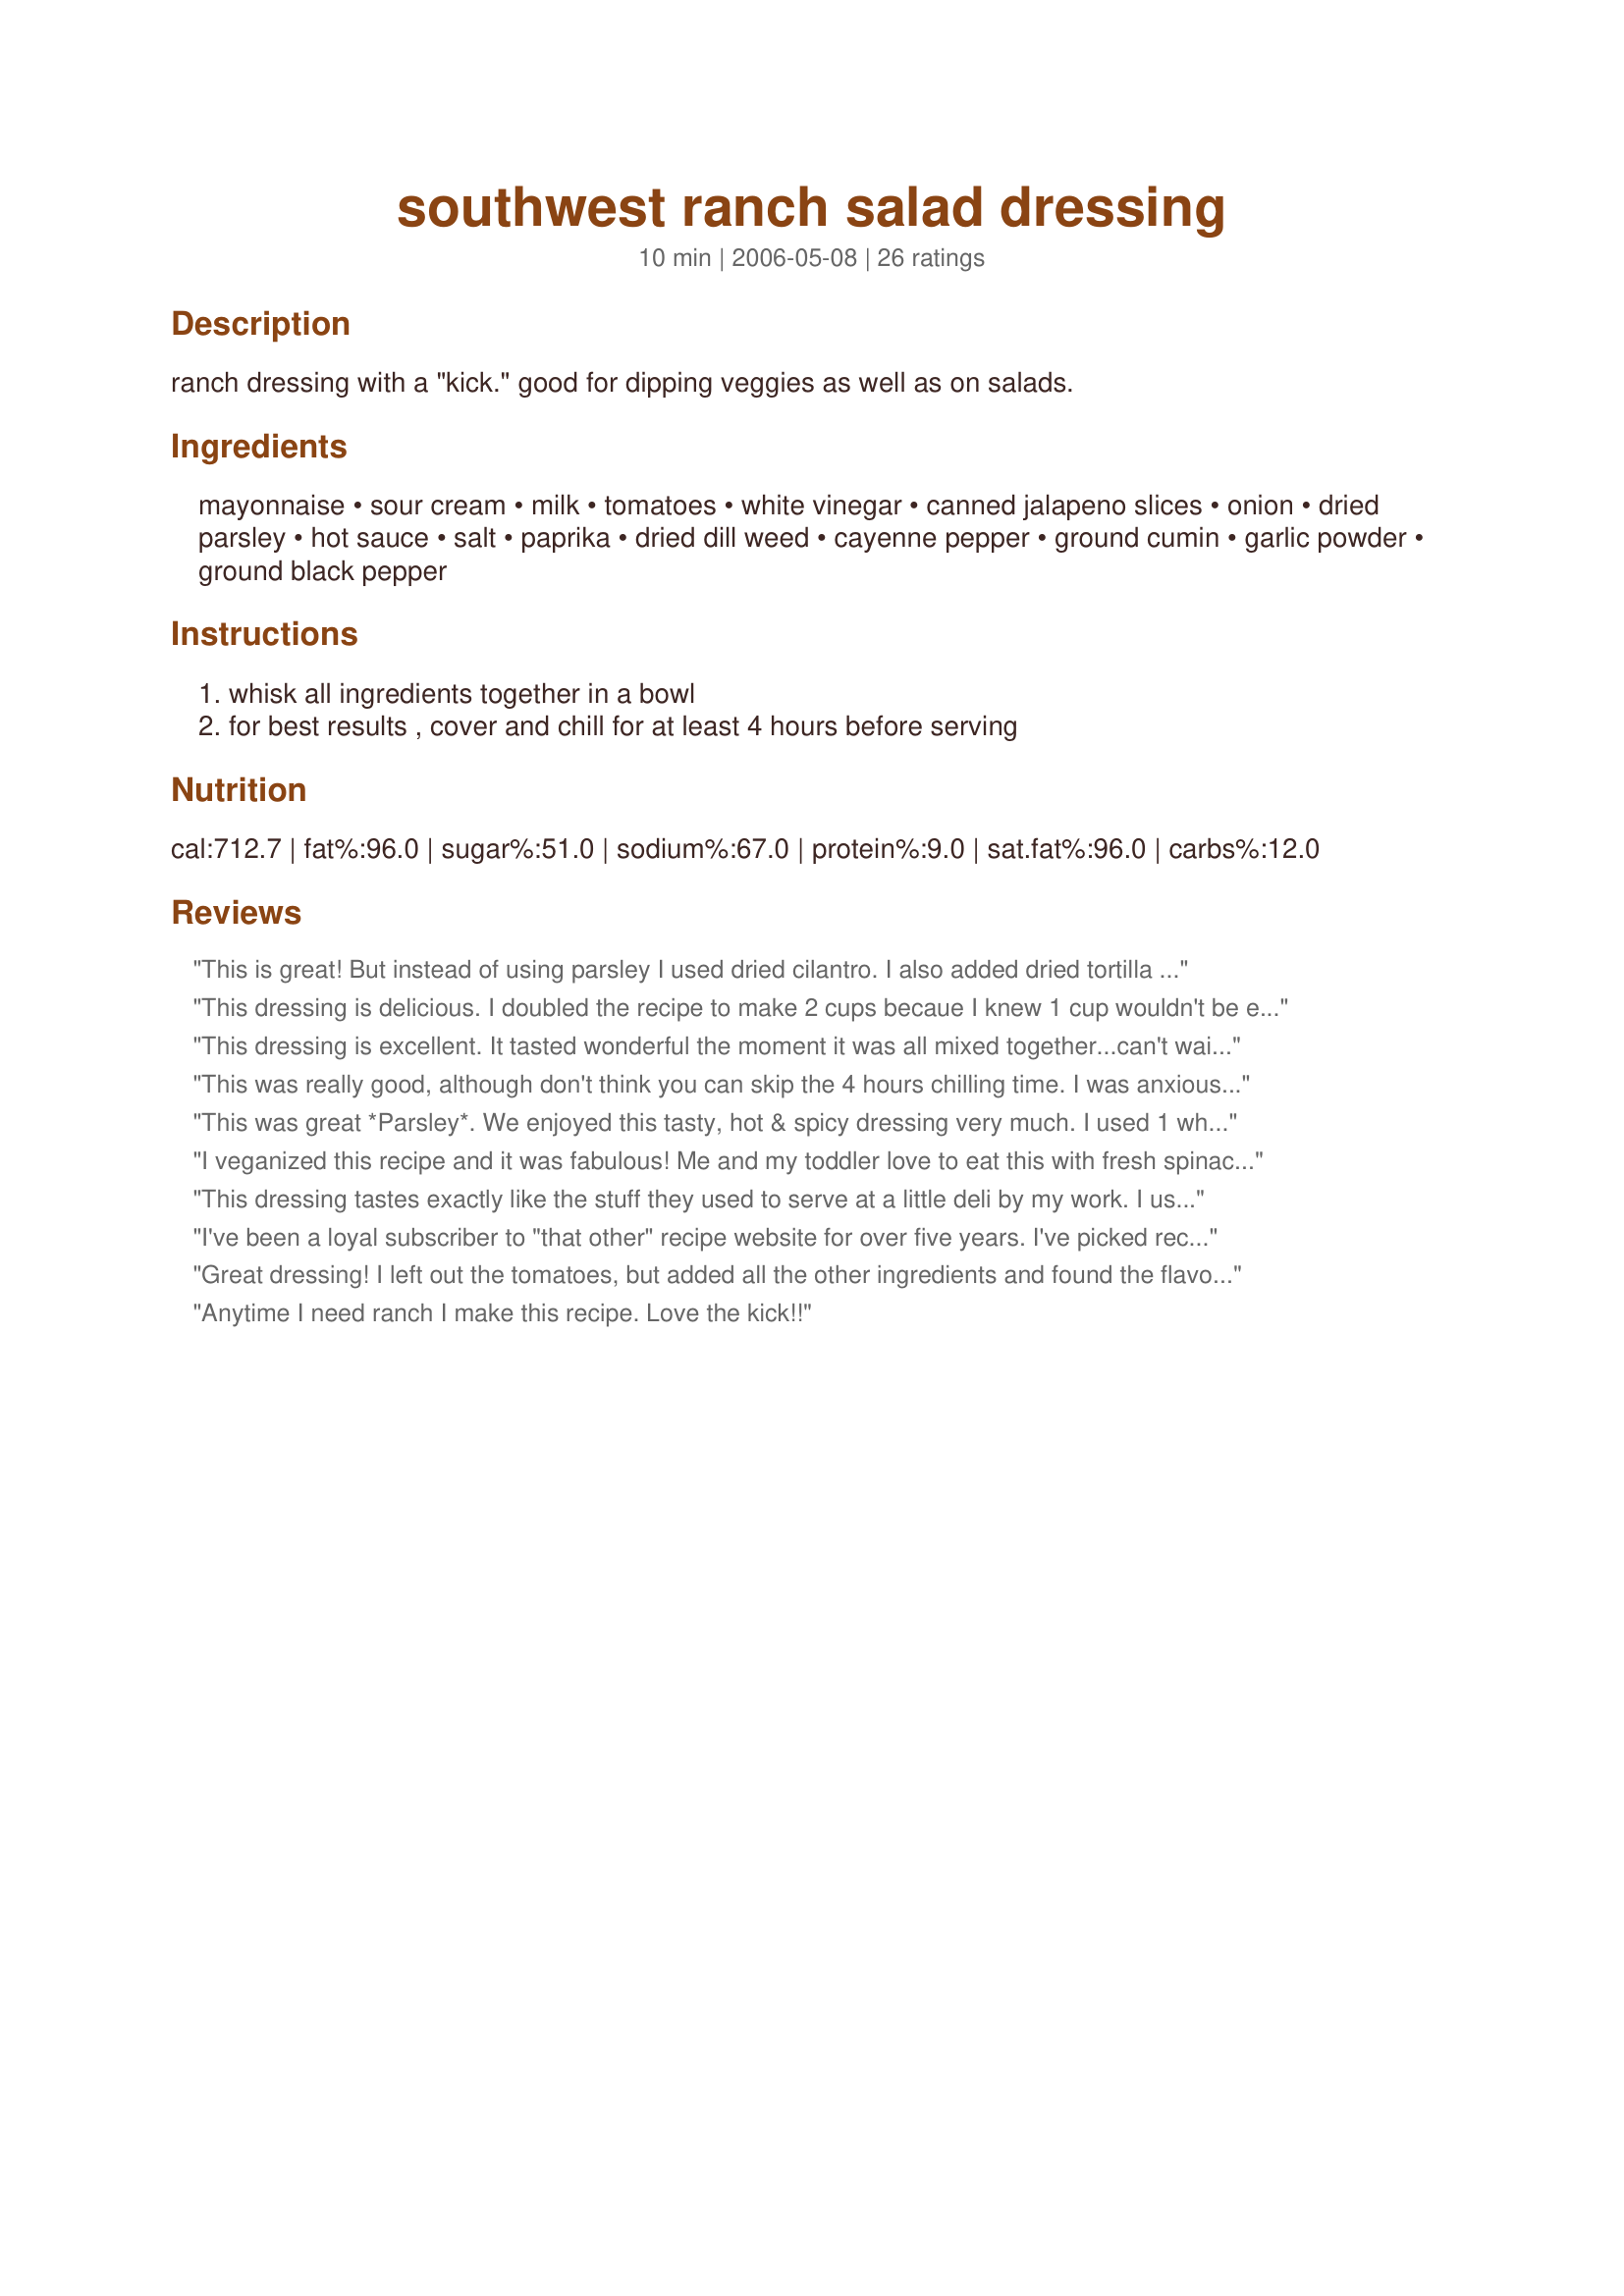
southwest ranch salad dressing
Preparation time: 10 minutes

ranch dressing with a "kick." good for dipping veggies as well as on salads.

Ingredients:
mayonnaise, sour cream, milk, tomatoes, white vinegar, canned jalapeno slices, onion, dried parsley, hot sauce, salt, paprika, dried dill weed, cayenne pepper, ground cumin, garlic powder, ground black pepper

Steps:
whisk all ingredients together in a bowl, for best results , cover and chill for at least 4 hours before serving

Reviews:
This is great! But instead of using parsley I used dried cilantro. I also added dried tortilla chips (instead of croutons) for a garnish.
This dressing is delicious. I doubled the recipe to make 2 cups becaue I knew 1 cup wouldn't be enough for my family. Also, I added some garlic salt, sugar and extra cumin to taste. Even my picky son loved this. Thank you for sharing this fantastic recipe...it is definitely a keeper!!
This dressing is excellent. It tasted wonderful the moment it was all mixed together...can't wait to try it now 24 hours later, after the flavours have had a chance to blend.
This was really good, although don't think you can skip the 4 hours chilling time. I was anxious to try this as soon as it was done and let me tell you four hours later when my dinner was finished and it had time to chill it was fantastic and so much better than when everything was first mixed together. I used low fat mayo and low fat sour cream because that is what I had. Next time I think I will buy full fat mayo and sour cream. They real stuff can only make this better. Thanks for sharing and I will make this again.
This was great *Parsley*. We enjoyed this tasty, hot & spicy dressing very much. I used 1 whole fresh jalapeno pepper and grape tomatoes. I 
followed your recipe except that I left out the cumin...(personal preference)I will be making this again & again. My family wants to give you 10*'s. This is so much better than store bought...Kudos
I veganized this recipe and it was fabulous! Me and my toddler love to eat this with fresh spinach and in wraps of tofu and fresh veggies. Great recipe!
This dressing tastes exactly like the stuff they used to serve at a little deli by my work. I used to order their taco salad weekly. It has since closed down, which would normally have devestated me, but not now since I can make it at home myself. It's even better at home because I can indulge without feeling guilty (I use low fat ingredients, and spend A LOT less money).
I've been a loyal subscriber to "that other" recipe website for over five years. I've picked recipes from this site every now and then, but rarely consulted it...until now! Thanks to this recipe, I decided to sign up for an account. This dressing is AMAZING!! It's perfect, in fact! The first night I made it, my boyfriend turned up his nose at the idea of SALAD being our entire meal. He changed his tune after the first bite and now requests it often (and I have NO problems complying :-). I've found 2 T of milk is good for a veggie dip, but for a salad dressing, I add around 1/2 c milk. It's still really thick! Thanks so much for this awesome recipe!
Great dressing! I left out the tomatoes, but added all the other ingredients and found the flavor to be excellent. I think this would be wonderful on a pasta salad. Thank you for sharing this recipe.
Anytime I need ranch I make this recipe. Love the kick!!
Parsley, you are a genius. This recipe is perfect! I am usually one to change recipes, but wouldn't change a thing about this one. Served it with chili-lime chicken.
I made this for my Bunko group last week. I served it over a wedge salad with diced cucumbers, red onions, carrot sticks, bacon and tomatoes. It was delish! A huge hit with everybody. I actually doubled the recipe and it served about 15. I left out the dried dill weed because I didn't have any and it still was awesome. Thanks!
This is really good and very easy to make. Thanks for the recipe!
I used Greek yogurt instead of sour cream. I used my immersion blender to make it creamy. Great recipe, will use again.
Was making Recipe #195908 which calls for a Ranch seasoning packet, and thought I'd toss in the dry ingredients from Parsley's recipe here. My children LOVE ranch (not me), so this is their rating! :-) But it sure tastes good in the taco soup! Thanks Parse!! You made their day that much better :rofl: *Made for ZWT3 US Regional*
Wow! This dressing totally rocks! We made it for a tailgate party for a Mexican salad and the taste is fabulous. Made a double recipe to have some for dip too. Wonderful with fritos. The seasonings are just right in this. I used low-fat sour cream and mayo and pickled jalapenos. Couldn't be better. Thanks for posting!
Best salad dressing!!
This was really easy to make. Everone loved it. Always looking for something a little different to do with salad. Thanks!!!!
AMAZING!! I used smoked paparika, pickled jalepenos, and finely chopped fresh tomatoes. It is so delicious! I used all full fat ingredients, including whole milk. Using it on taco salad (as I did) allowed for the extra calories and it is WELL worth it!
This was good. Next time I think I will add even more jalapenos and hot sauce to kick it up one more notch. Thanks Parsley.
I made just as written, except didn't need the milk. Used it on taco salad. Was really delicious. Didn't wait the 4 hours - but there's plenty left, so I get to enjoy it later.
This is a really great-tasting dressing. It has just the right amount of seasonings and has just the right amount of kick for our tastes. I will definitely be making this again.
Very good. I substituted plain yogurt for the sour cream and Rotel for the tomatoes. One suggestion: let the dressing sit for the full three hours before tweaking the flavor. I tasted mine right after I whisked it together and decided it was over-seasoned, so I added more mayo to dilute it. But when we put it on our salad that evening, we thought it needed more oomph. Live and learn.
Super yummy! Love this salad dressing! I use it for dipping and putting on taco salad. I also Paleo-ized it by subbing out the commercial mayo and sour cream with homemade mayo and coconut milk for the dairy milk. Sooooo good! Highly recommend!
WOW! This is a FANTASTIC ranch dressing! It is very FLAVORFUL, HERBY and SPICY without being too hot. I used Best Foods regular mayo, canned diced jalapenos and all else the same. This is a KEEPER and I think I'll bring it to the next salad potluck at work. Made for the Went to the market game.
This dressing ROCKS! I've made it many times now.
